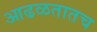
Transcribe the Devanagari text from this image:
आढळतातच